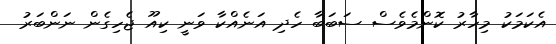
އެކަމަކު މިހާރު ކޮންމެވެސް ސަބަބާ ހެދި އަނެއްކާ ވަނީ ކިއޫ ޖެހިގެން ނަންބަރު